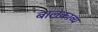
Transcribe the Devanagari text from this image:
बालकाव्य